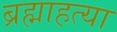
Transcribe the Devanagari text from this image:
ब्रह्माहत्या